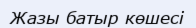
Жазы батыр көшесі